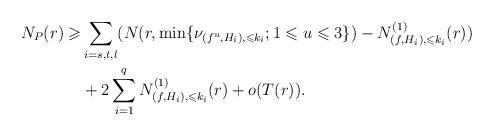
LaTeX: \begin{align*}N_P(r)\geqslant&\sum_{i=s,t,l}(N(r,\min\{\nu_{(f^u,H_i),\leqslant k_i};1\leqslant u\leqslant 3\})-N^{(1)}_{(f,H_i),\leqslant k_i}(r))\\&+ 2\sum_{i=1}^qN^{(1)}_{(f,H_i),\leqslant k_i}(r)+o(T(r)).\end{align*}